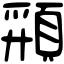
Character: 𩓚